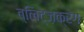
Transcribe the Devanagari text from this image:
ब्लिट्ज़क्रेग